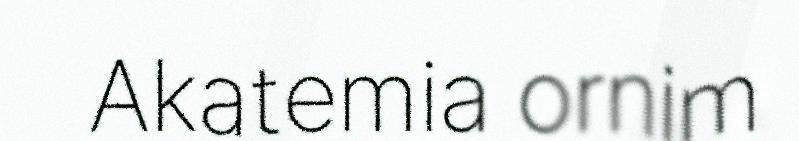
Akatemia ornim